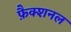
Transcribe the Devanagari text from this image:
फ़ैक्शनल